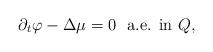
LaTeX: \begin{align*} \partial_t \varphi - \Delta \mu= 0 \ \ \textrm{a.e. in $Q$,}\end{align*}